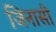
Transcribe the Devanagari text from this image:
जिनासी